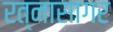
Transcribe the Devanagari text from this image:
रत्नासागर